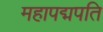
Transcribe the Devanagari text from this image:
महापद्मपति